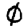
Digit: 0